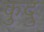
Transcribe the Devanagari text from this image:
कुद्रु